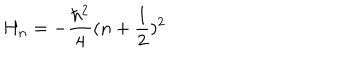
H _ { n } = - \frac { \hbar ^ { 2 } } { 4 } ( n + \frac { 1 } { 2 } ) ^ { 2 }